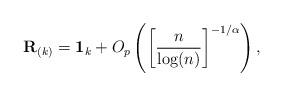
LaTeX: \begin{align*}\textbf{R}_{(k)}=\textbf{1}_{k}+O_{p}\left( \left[\frac{n}{\log ( n) }\right]^{-1/\alpha}\right),\end{align*}